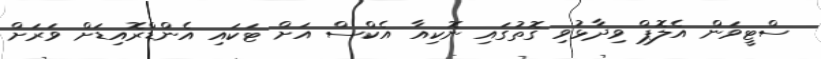
ސްޓީވަން އެލޮޕް ވިދާޅުވި ގޮތުގައި ނޮކިއާ އެކްސް އަށް ޓަކައި އެންޑްރޮއިޑަށް ވަރަށް